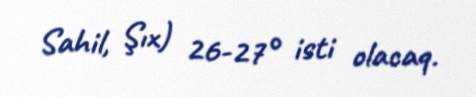
Sahil, Şıx) 26-27° isti olacaq.